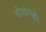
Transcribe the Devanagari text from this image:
तोजोनेही